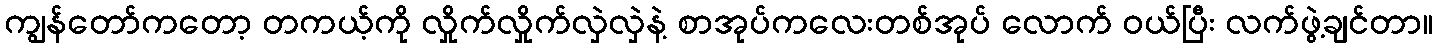
ကျွန်တော်ကတော့ တကယ့်ကို လှိုက်လှိုက်လှဲလှဲနဲ့ စာအုပ်ကလေးတစ်အုပ် လောက် ဝယ်ပြီး လက်ဖွဲ့ချင်တာ။